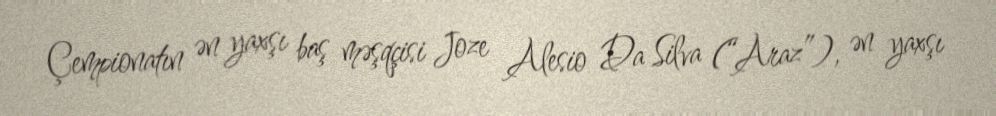
Çempionatın ən yaxşı baş məşqçisi Joze Alesio Da Silva (“Araz”), ən yaxşı